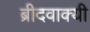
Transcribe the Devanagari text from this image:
ब्रीदवाक्यी